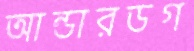
আন্ডারডগ